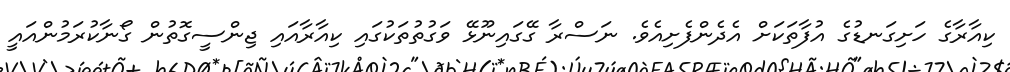
ކިއާރާގެ ހަށިގަނޑުގެ އުފާތަކަށް އެދެންފެށިއެވެ. ނަސްރާ ގޭގައިނޫޅޭ ވަގުތުތަކުގައި ކިއާރާއަައި ޖިންސީގޮތުން ގޯނާކުރަމުންއައީ